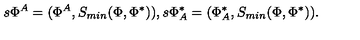
s \Phi ^ { A } = ( \Phi ^ { A } , S _ { m i n } ( \Phi , \Phi ^ { \ast } ) ) , s \Phi _ { A } ^ { \ast } = ( \Phi _ { A } ^ { \ast } , S _ { m i n } ( \Phi , \Phi ^ { \ast } ) ) .